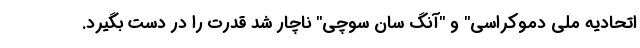
اتحادیه ملی دموکراسی" و "آنگ سان سوچی" ناچار شد قدرت را در دست بگیرد.